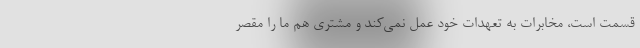
قسمت است، مخابرات به تعهدات خود عمل نمی‌کند و مشتری هم ما را مقصر